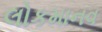
લોકમાનવ